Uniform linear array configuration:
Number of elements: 24
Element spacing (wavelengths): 0.25
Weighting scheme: cosine
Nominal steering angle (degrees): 60
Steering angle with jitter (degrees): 60.23
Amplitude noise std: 0.05
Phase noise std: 0.05

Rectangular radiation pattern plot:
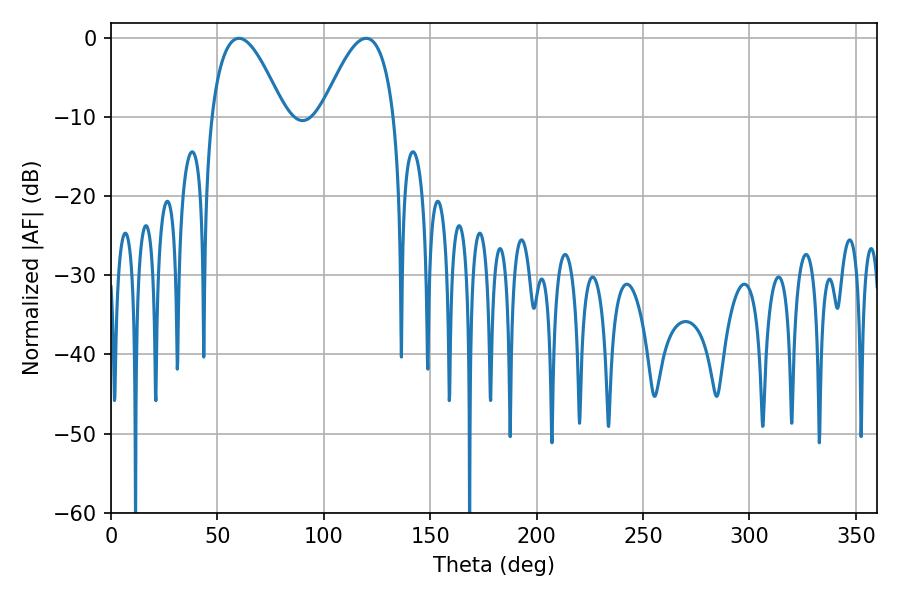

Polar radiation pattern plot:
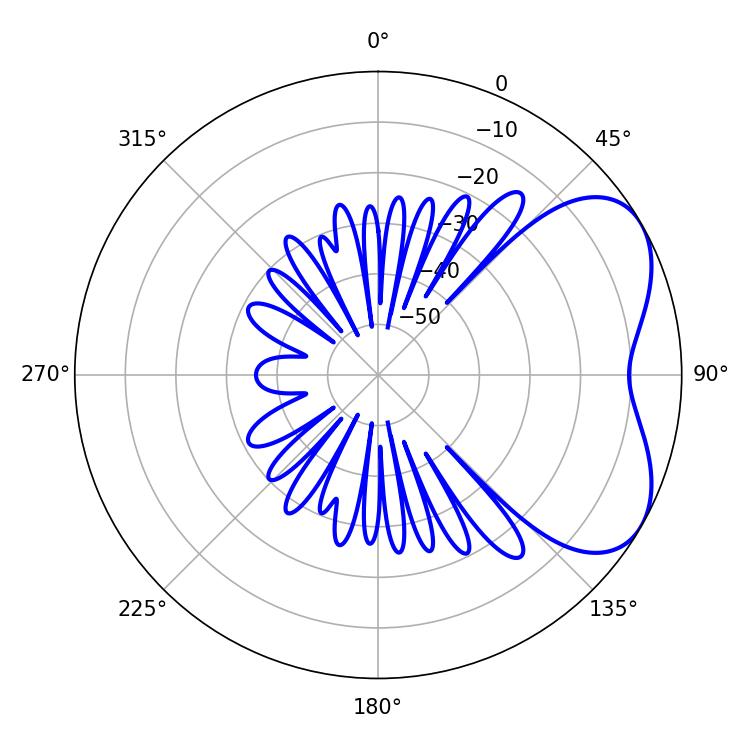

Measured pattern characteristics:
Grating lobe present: FALSE
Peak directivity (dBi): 4.945
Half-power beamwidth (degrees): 18.54
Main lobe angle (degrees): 60.12